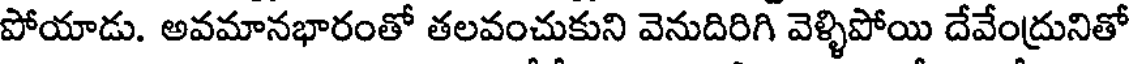
పోయాడు. అవమానభారంతో తలవంచుకుని వెనుదిరిగి వెళ్ళిపోయి దేవేంద్రునితో